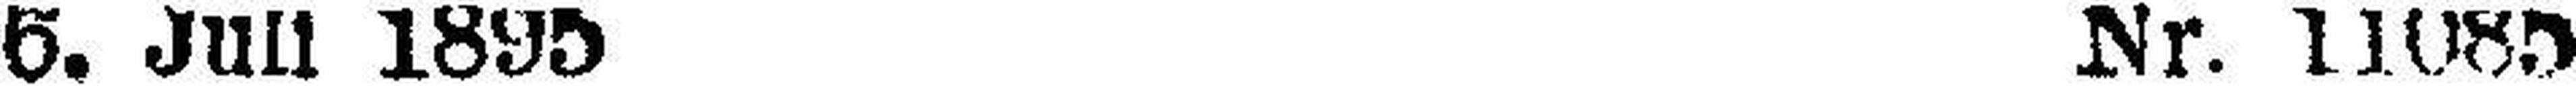
5. Juli 1895